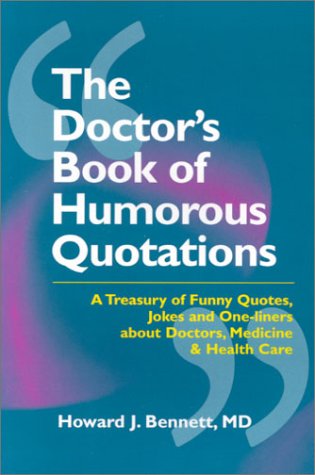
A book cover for The Doctors Book of Humorous Quotations, 1e; Howard J. Bennett MD; Humor & Entertainment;